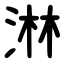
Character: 淋